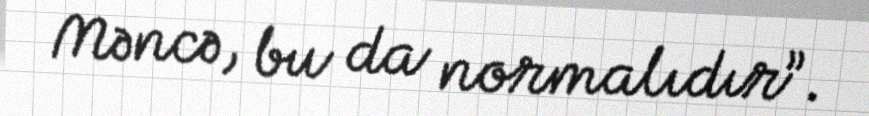
Məncə, bu da normalıdır”.